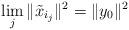
LaTeX: \begin{align*}\lim_{j}\|\tilde{x}_{i_{j}}\|^{2}=\|y_{0}\|^{2}\end{align*}